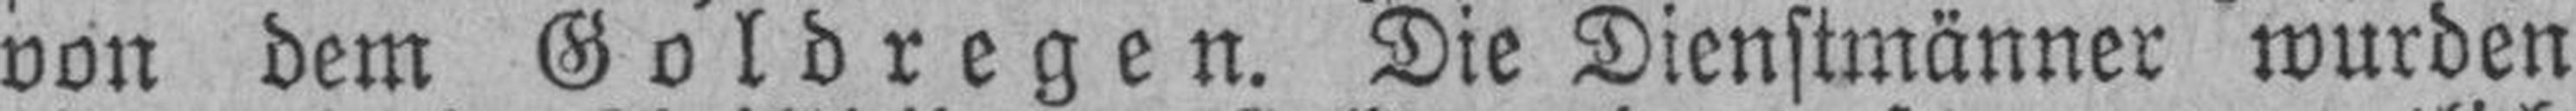
von dem Goldregen. Die Dienstmänner wurden